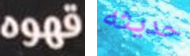
قهوه حديثه